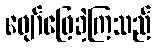
ဖျော်ဖြေခဲ့ကြသည်